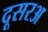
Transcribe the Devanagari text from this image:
दूसरअ